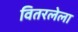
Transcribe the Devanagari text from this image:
वितरलेला